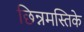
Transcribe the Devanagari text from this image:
छिन्नमस्तिके